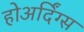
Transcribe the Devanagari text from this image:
होअर्दिंग्स